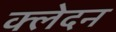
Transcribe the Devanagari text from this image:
क्‍लेदन